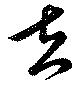
左